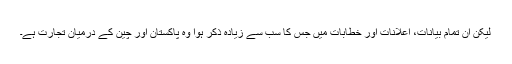
لیکن اِن تمام بیانات، اعلانات اور خطابات میں جس کا سب سے زیادہ ذکر ہوا وہ پاکستان اور چین کے درمیان تجارت ہے۔